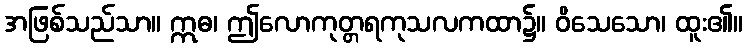
အဖြစ်သည်သာ။ ဣဓ၊ ဤလောကုတ္တရကုသလကထာ၌။ ဝိသေသော၊ ထူး၏။